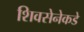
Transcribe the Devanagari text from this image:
शिवसेनेकडे